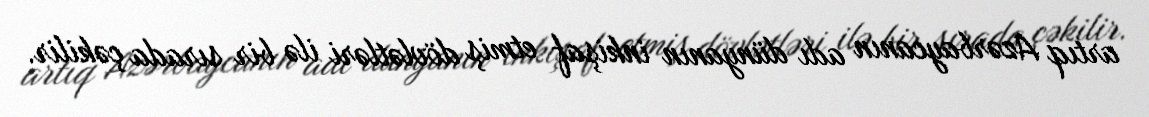
artıq Azərbaycanın adı dünyanın inkişaf etmiş dövlətləri ilə bir sırada çəkilir.